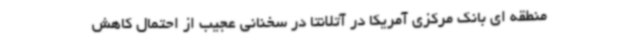
منطقه ای بانک مرکزی آمریکا در آتلانتا در سخنانی عجیب از احتمال کاهش